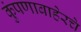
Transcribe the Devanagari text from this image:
कुंपणाबाहेरचे